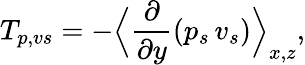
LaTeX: T_{p,vs}=-\Bigl\langle\frac{\partial}{\partial y}\left(p_{s}\, v_{s}\right)\Bigr\rangle_{x,z},